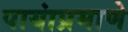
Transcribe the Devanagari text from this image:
पायांप्रमाणे